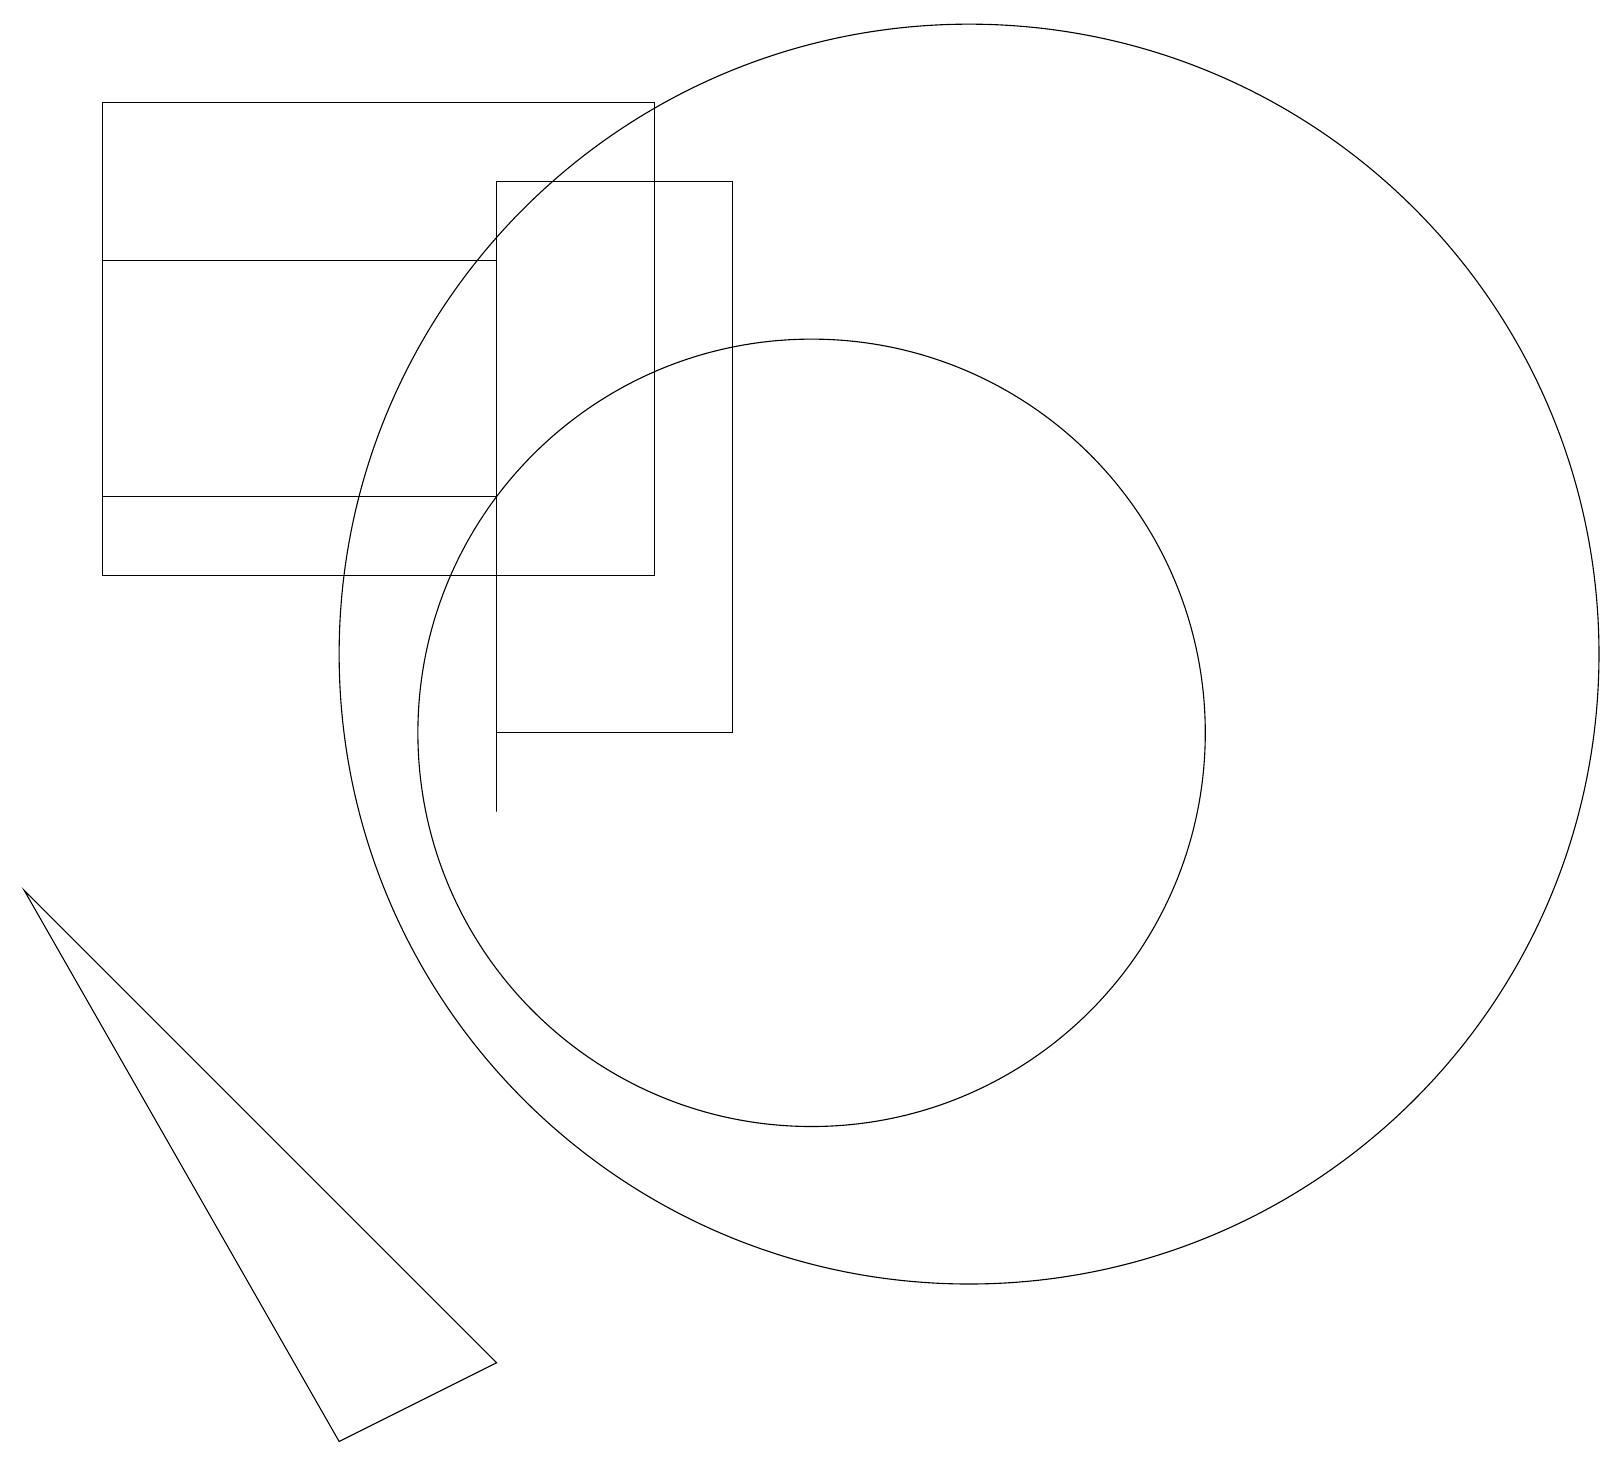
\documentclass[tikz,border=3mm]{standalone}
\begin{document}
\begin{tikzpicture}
\draw (1,14) rectangle (6,17);
\draw (12,12) circle (8);
\draw (10,11) circle (5);
\draw (8,19) rectangle (1,13);
\draw (9,11) rectangle (6,18);
\draw (6,3) -- (0,9) -- (4,2) -- cycle;
\draw (6,10) rectangle (6,17);
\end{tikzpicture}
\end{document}